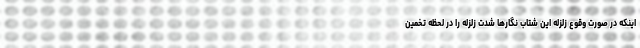
اینکه در صورت وقوع زلزله این شتاب نگارها شدت زلزله را در لحظه تخمین